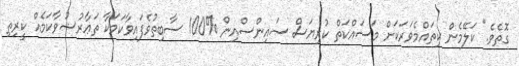
ގޮތެވެ." ކަލޭމެން ކިތައްމެވަރަކަށް މަސައްކަތް ކުރިޔަސް ސައިންސްއިން %100 ސާބިތުވެފައިވާކަމަކާ ތަޢާރުޟުވާކަމެއް ކީރިތި